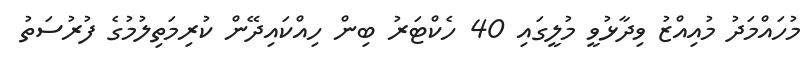
މުހައްމަދު މުއިއްޒު ވިދާޅުވީ މުލީގައި 40 ހެކްޓަރު ބިން ހިއްކައިދޭން ކުރިމަތިލުމުގެ ފުރުސަތު